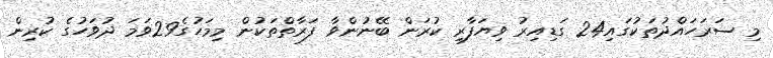
މި ސަރަހައްދުތަކުގައި24 ގަޑިއިރު ވިޔަފާރި ކުރަން ބޭނުންވާ ފަރާތްތަކުން މިމަހުގެ29ވަމަ ދުވަހުގެ ކުރިން